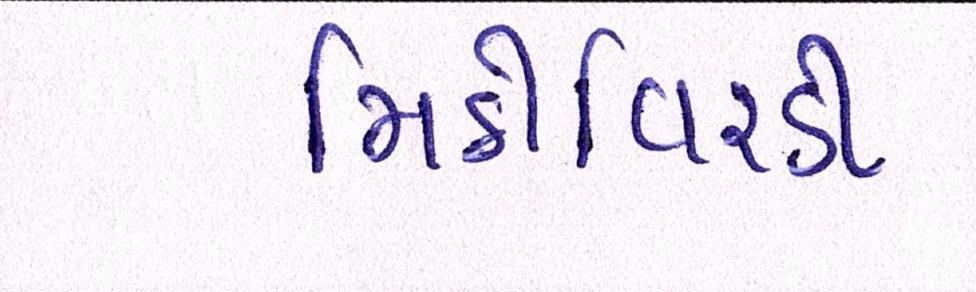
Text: મિઠીવિરડી